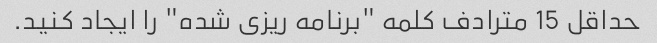
حداقل 15 مترادف کلمه "برنامه ریزی شده" را ایجاد کنید.